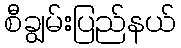
စီချွမ်းပြည်နယ်